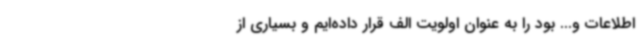
اطلاعات و... بود را به عنوان اولویت الف قرار داده‌ایم و بسیاری از